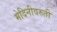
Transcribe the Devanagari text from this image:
मेदिनीवरुती